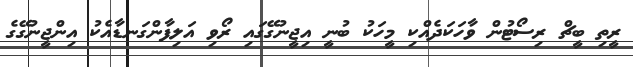
ރީތި ބީޗް ރިސޯޓުން ވާހަކަދެއްކި މީހަކު ބުނީ އިޖީނުގޭގައި ރޯވި އަލިފާންގަނޑާއެކު އިންޖީނުގޭގެ